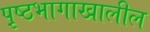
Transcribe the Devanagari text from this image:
पृ़ष्ठभागाखालील